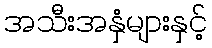
အသီးအနှံများနှင့်